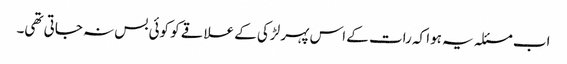
اب مسئلہ یہ ہوا کہ رات کے اس پہر لڑکی کے علاقے کو کوئی بس نہ جاتی تھی۔